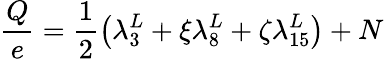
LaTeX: \frac{Q}{e}=\frac{1}{2}\left(\lambda_{3}^{L}+\xi\lambda_{8}^{L}+\zeta\lambda_{15}^{L}\right)+N